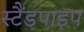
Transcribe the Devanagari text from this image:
स्टैंडपाइप